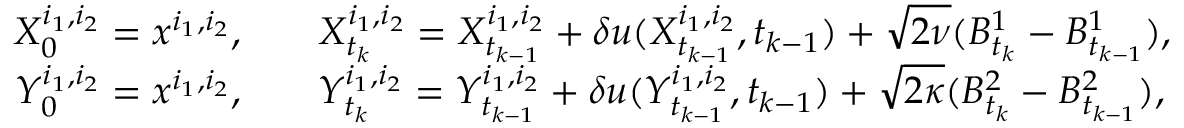
\begin{array} { r l } { X _ { 0 } ^ { i _ { 1 } , i _ { 2 } } = x ^ { i _ { 1 } , i _ { 2 } } , \quad } & { X _ { t _ { k } } ^ { i _ { 1 } , i _ { 2 } } = X _ { t _ { k - 1 } } ^ { i _ { 1 } , i _ { 2 } } + \delta u ( X _ { t _ { k - 1 } } ^ { i _ { 1 } , i _ { 2 } } , t _ { k - 1 } ) + \sqrt { 2 \nu } ( B _ { t _ { k } } ^ { 1 } - B _ { t _ { k - 1 } } ^ { 1 } ) , } \\ { Y _ { 0 } ^ { i _ { 1 } , i _ { 2 } } = x ^ { i _ { 1 } , i _ { 2 } } , \quad } & { Y _ { t _ { k } } ^ { i _ { 1 } , i _ { 2 } } = Y _ { t _ { k - 1 } } ^ { i _ { 1 } , i _ { 2 } } + \delta u ( Y _ { t _ { k - 1 } } ^ { i _ { 1 } , i _ { 2 } } , t _ { k - 1 } ) + \sqrt { 2 \kappa } ( B _ { t _ { k } } ^ { 2 } - B _ { t _ { k - 1 } } ^ { 2 } ) , } \end{array}